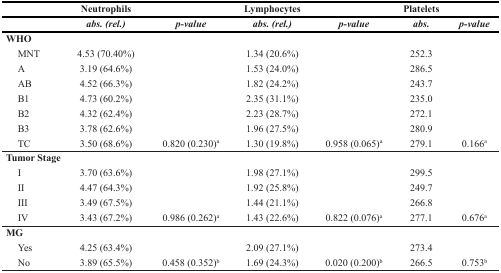
<table><thead><tr><td></td><td><b>Neutrophils</b></td><td></td><td><b>Lymphocytes</b></td><td></td><td><b>Platelets</b></td><td></td></tr><tr><td></td><td><b><i>abs. (rel.)</i></b></td><td><b><i>p-value</i></b></td><td><b><i>abs. (rel.)</i></b></td><td><b><i>p-value</i></b></td><td><b><i>abs.</i></b></td><td><b><i>p-value</i></b></td></tr></thead><tbody><tr><td colspan="2"><b>WHO</b></td><td></td><td></td><td></td><td></td><td></td></tr><tr><td> MNT</td><td>4.53 (70.40%)</td><td></td><td>1.34 (20.6%)</td><td></td><td>252.3</td><td></td></tr><tr><td> A</td><td>3.19 (64.6%)</td><td></td><td>1.53 (24.0%)</td><td></td><td>286.5</td><td></td></tr><tr><td> AB</td><td>4.52 (66.3%)</td><td></td><td>1.82 (24.2%)</td><td></td><td>243.7</td><td></td></tr><tr><td> B1</td><td>4.73 (60.2%)</td><td></td><td>2.35 (31.1%)</td><td></td><td>235.0</td><td></td></tr><tr><td> B2</td><td>4.32 (62.4%)</td><td></td><td>2.23 (28.7%)</td><td></td><td>272.1</td><td></td></tr><tr><td> B3</td><td>3.78 (62.6%)</td><td></td><td>1.96 (27.5%)</td><td></td><td>280.9</td><td></td></tr><tr><td> TC</td><td>3.50 (68.6%)</td><td>0.820 (0.230)<sup>a</sup></td><td>1.30 (19.8%)</td><td>0.958 (0.065)<sup>a</sup></td><td>279.1</td><td>0.166<sup>a</sup></td></tr><tr><td colspan="2"><b>Tumor Stage</b></td><td></td><td></td><td></td><td></td><td></td></tr><tr><td> I</td><td>3.70 (63.6%)</td><td></td><td>1.98 (27.1%)</td><td></td><td>299.5</td><td></td></tr><tr><td> II</td><td>4.47 (64.3%)</td><td></td><td>1.92 (25.8%)</td><td></td><td>249.7</td><td></td></tr><tr><td> III</td><td>3.49 (67.5%)</td><td></td><td>1.44 (21.1%)</td><td></td><td>266.8</td><td></td></tr><tr><td> IV</td><td>3.43 (67.2%)</td><td>0.986 (0.262)<sup>a</sup></td><td>1.43 (22.6%)</td><td>0.822 (0.076)<sup>a</sup></td><td>277.1</td><td>0.676<sup>a</sup></td></tr><tr><td><b>MG</b></td><td></td><td></td><td></td><td></td><td></td><td></td></tr><tr><td> Yes</td><td>4.25 (63.4%)</td><td></td><td>2.09 (27.1%)</td><td></td><td>273.4</td><td></td></tr><tr><td> No</td><td>3.89 (65.5%)</td><td>0.458 (0.352)<sup>b</sup></td><td>1.69 (24.3%)</td><td>0.020 (0.200)<sup>b</sup></td><td>266.5</td><td>0.753<sup>b</sup></td></tr></tbody></table>